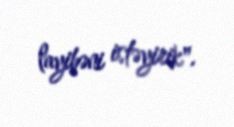
layihəni istəyirik".